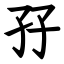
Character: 孖